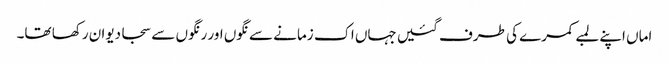
اماں اپنے لمبے کمرے کی طرف گئیں جہاں اک زمانے سے نگوں اور رنگوں سے سجا دیوان رکھا تھا۔